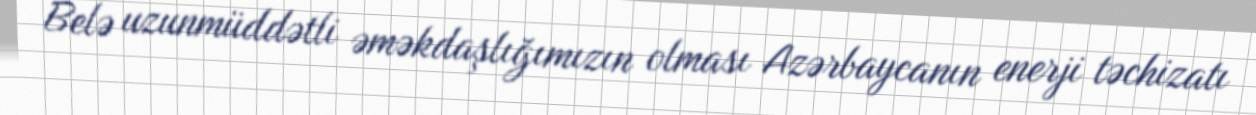
Belə uzunmüddətli əməkdaşlığımızın olması Azərbaycanın enerji təchizatı